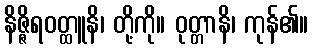
နိဇ္ဇိရဝတ္ထူနိ၊ တို့ကို။ ဝုတ္တာနိ၊ ကုန်၏။